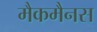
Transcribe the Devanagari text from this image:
मैकमैनस